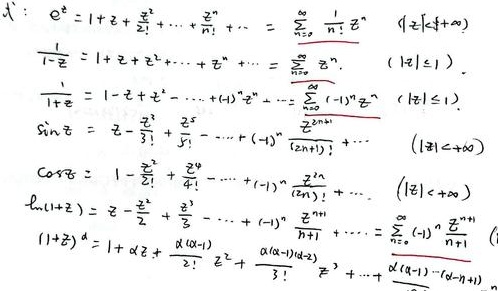
\[
\begin{align*}
e^z&=1 + z+\frac{z^2}{2!}+\cdots+\frac{z^n}{n!}+\cdots=\sum_{n = 0}^{\infty}\frac{1}{n!}z^n\quad(|z|<+\infty)\\
\frac{1}{1 - z}&=1+z + z^2+\cdots+z^n+\cdots=\sum_{n = 0}^{\infty}z^n\quad(|z|<1)\\
\frac{1}{1 + z}&=1 - z+z^2-\cdots+(-1)^nz^n+\cdots=\sum_{n = 0}^{\infty}(-1)^nz^n\quad(|z|<1)\\
\sin z&=z-\frac{z^3}{3!}+\frac{z^5}{5!}-\cdots+(-1)^n\frac{z^{2n + 1}}{(2n+1)!}+\cdots\quad(|z|<+\infty)\\
\cos z&=1-\frac{z^2}{2!}+\frac{z^4}{4!}-\cdots+(-1)^n\frac{z^{2n}}{(2n)!}+\cdots\quad(|z|<+\infty)\\
\ln(1 + z)&=z-\frac{z^2}{2}+\frac{z^3}{3}-\cdots+(-1)^n\frac{z^{n+1}}{n + 1}+\cdots=\sum_{n = 0}^{\infty}(-1)^n\frac{z^{n+1}}{n+1}\quad(|z|<1)\\
(1 + z)^{\alpha}&=1+\alpha z+\frac{\alpha(\alpha - 1)}{2!}z^2+\frac{\alpha(\alpha - 1)(\alpha - 2)}{3!}z^3+\cdots+\frac{\alpha(\alpha - 1)\cdots(\alpha - n+1)}{n!}z^n
\end{align*}
\]